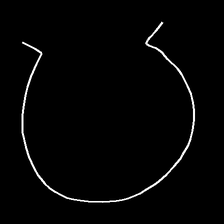
Glyph: weave